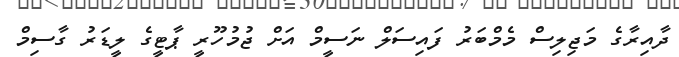
ދާއިރާގެ މަޖިލިސް މެމްބަރު ފައިސަލް ނަސީމް އަށް ޖުމުހޫރީ ޕާޓީގެ ލީޑަރު ގާސިމް